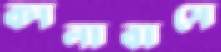
কালাবাসে